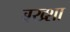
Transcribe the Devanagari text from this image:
बख्‍शा